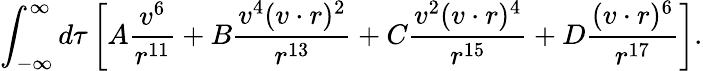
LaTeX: \int_{-\infty}^{\infty}d\tau\left[A\frac{v^{6}}{r^{11}}+B\frac{v^{4}(v\cdot r)^{2}}{r^{13}}+C\frac{v^{2}(v\cdot r)^{4}}{r^{15}}+D\frac{(v\cdot r)^{6}}{r^{17}}\right].